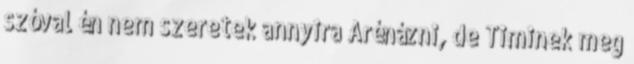
szóval én nem szeretek annyira Arénázni, de Timinek meg